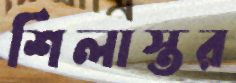
শিলাস্তর